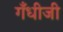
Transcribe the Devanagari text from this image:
गँधीजी